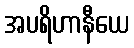
အပရိဟာနီယေ